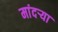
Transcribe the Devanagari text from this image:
मांदऱ्या